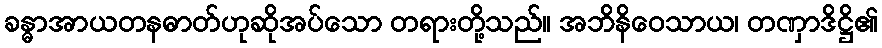
ခန္ဓာအာယတနဓာတ်ဟုဆိုအပ်သော တရားတို့သည်။ အဘိနိဝေသာယ၊ တဏှာဒိဋ္ဌိ၏